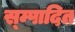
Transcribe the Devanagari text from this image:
स्म्पादित